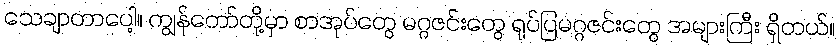
သေချာတာပေါ့။ ကျွန်တော်တို့မှာ စာအုပ်တွေ မဂ္ဂဇင်းတွေ ရုပ်ပြမဂ္ဂဇင်းတွေ အများကြီး ရှိတယ်။